Causation and prevention of malarial fevers: a statement of the results of researches drawn up for the use of assistant surgeons, hospital assistants and students
Disease focus: Malaria
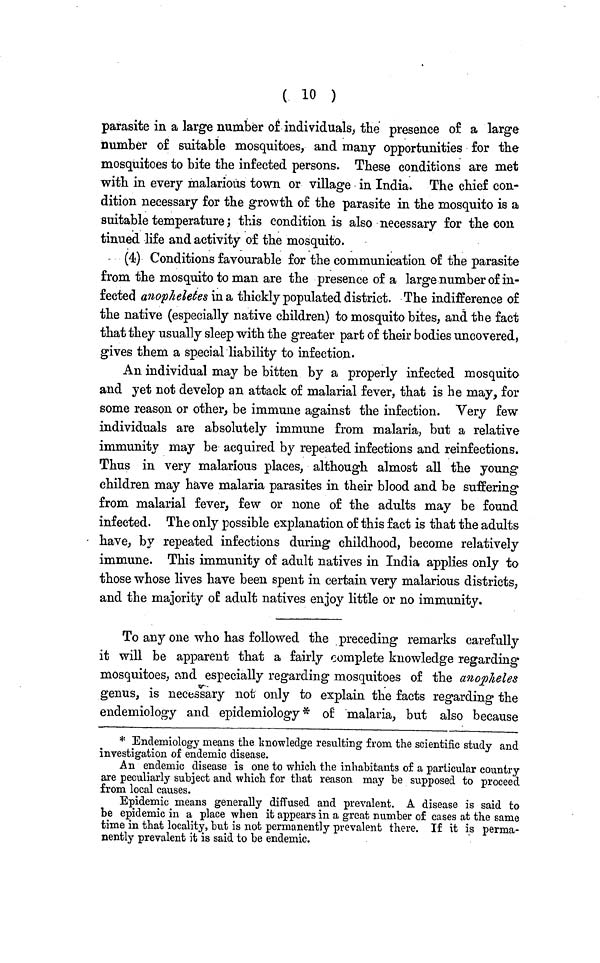
( 10 )
parasite in a large number of individuals, the presence of a large
number of suitable mosquitoes, and many opportunities for the
mosquitoes to bite the infected persons. These conditions are met
with in every malarious town or village in India. The chief con-
dition necessary for the growth of the parasite in the mosquito is a
suitable temperature; this condition is also necessary for the con
tinued life and activity of the mosquito.
- (4) Conditions favourable for the communication of the parasite
from the mosquito to man are the presence of a large number of in-
fected anopheletes in a thickly populated district. The indifference of
the native (especially native children) to mosquito bites, and the fact
that they usually sleep with the greater part of their bodies uncovered,
gives them a special liability to infection.
An individual may be bitten by a properly infected mosquito
and yet not develop an attack of malarial fever, that is he may, for
some reason or other, be immune against the infection. Very few
individuals are absolutely immune from malaria, but a relative
immunity may be acquired by repeated infections and reinfections.
Thus in very malarious places, although almost all the young
children may have malaria parasites in their blood and be suffering
from malarial fever, few or none of the adults may be found
infected. The only possible explanation of this fact is that the adults
• have, by repeated infections during childhood, become relatively
immune. This immunity of adult natives in India applies only to
those whose lives have been spent in certain very malarious districts,
and the majority of adult natives enjoy little or no immunity.
To any one who has followed the preceding remarks carefully
it will be apparent that a fairly complete knowledge regarding
mosquitoes, and especially regarding mosquitoes of the anopheles
genus, is necessary not only to explain the facts regarding the
endemiology and epidemiology* of malaria, but also because
* Endemiology means the knowledge resulting from the scientific study and
investigation of endemic disease.
An endemic disease is one to which the inhabitants of a particular country
are peculiarly subject and which for that reason may be supposed to proceed
from local causes.
Epidemic means generally diffused and prevalent. A disease is said to
be epidemic in a place when it appears in a great number of cases at the same
time in that locality, but is not permanently prevalent there. If it is perma-
nently prevalent it is said to be endemic.